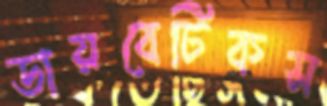
ডায়বেটিকস